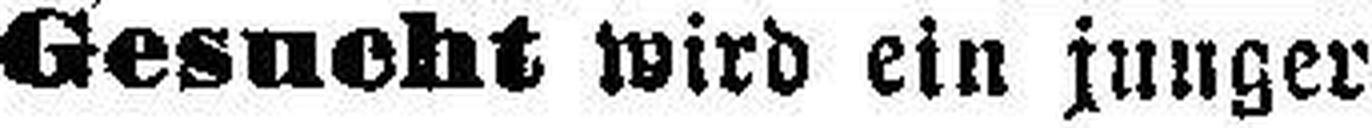
Gesucht wird ein junger